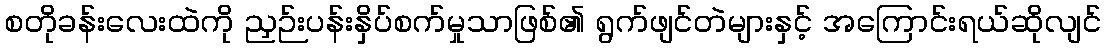
စတိုခန်းလေးထဲကို ညှဉ်းပန်းနှိပ်စက်မှုသာဖြစ်၏ ရွက်ဖျင်တဲများနှင့် အကြောင်းရယ်ဆိုလျင်